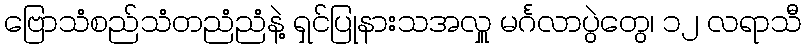
ဗြောသံစည်သံတညံညံနဲ့ ရှင်ပြုနားသအလှူ မင်္ဂလာပွဲတွေ၊ ၁၂ လရာသီ